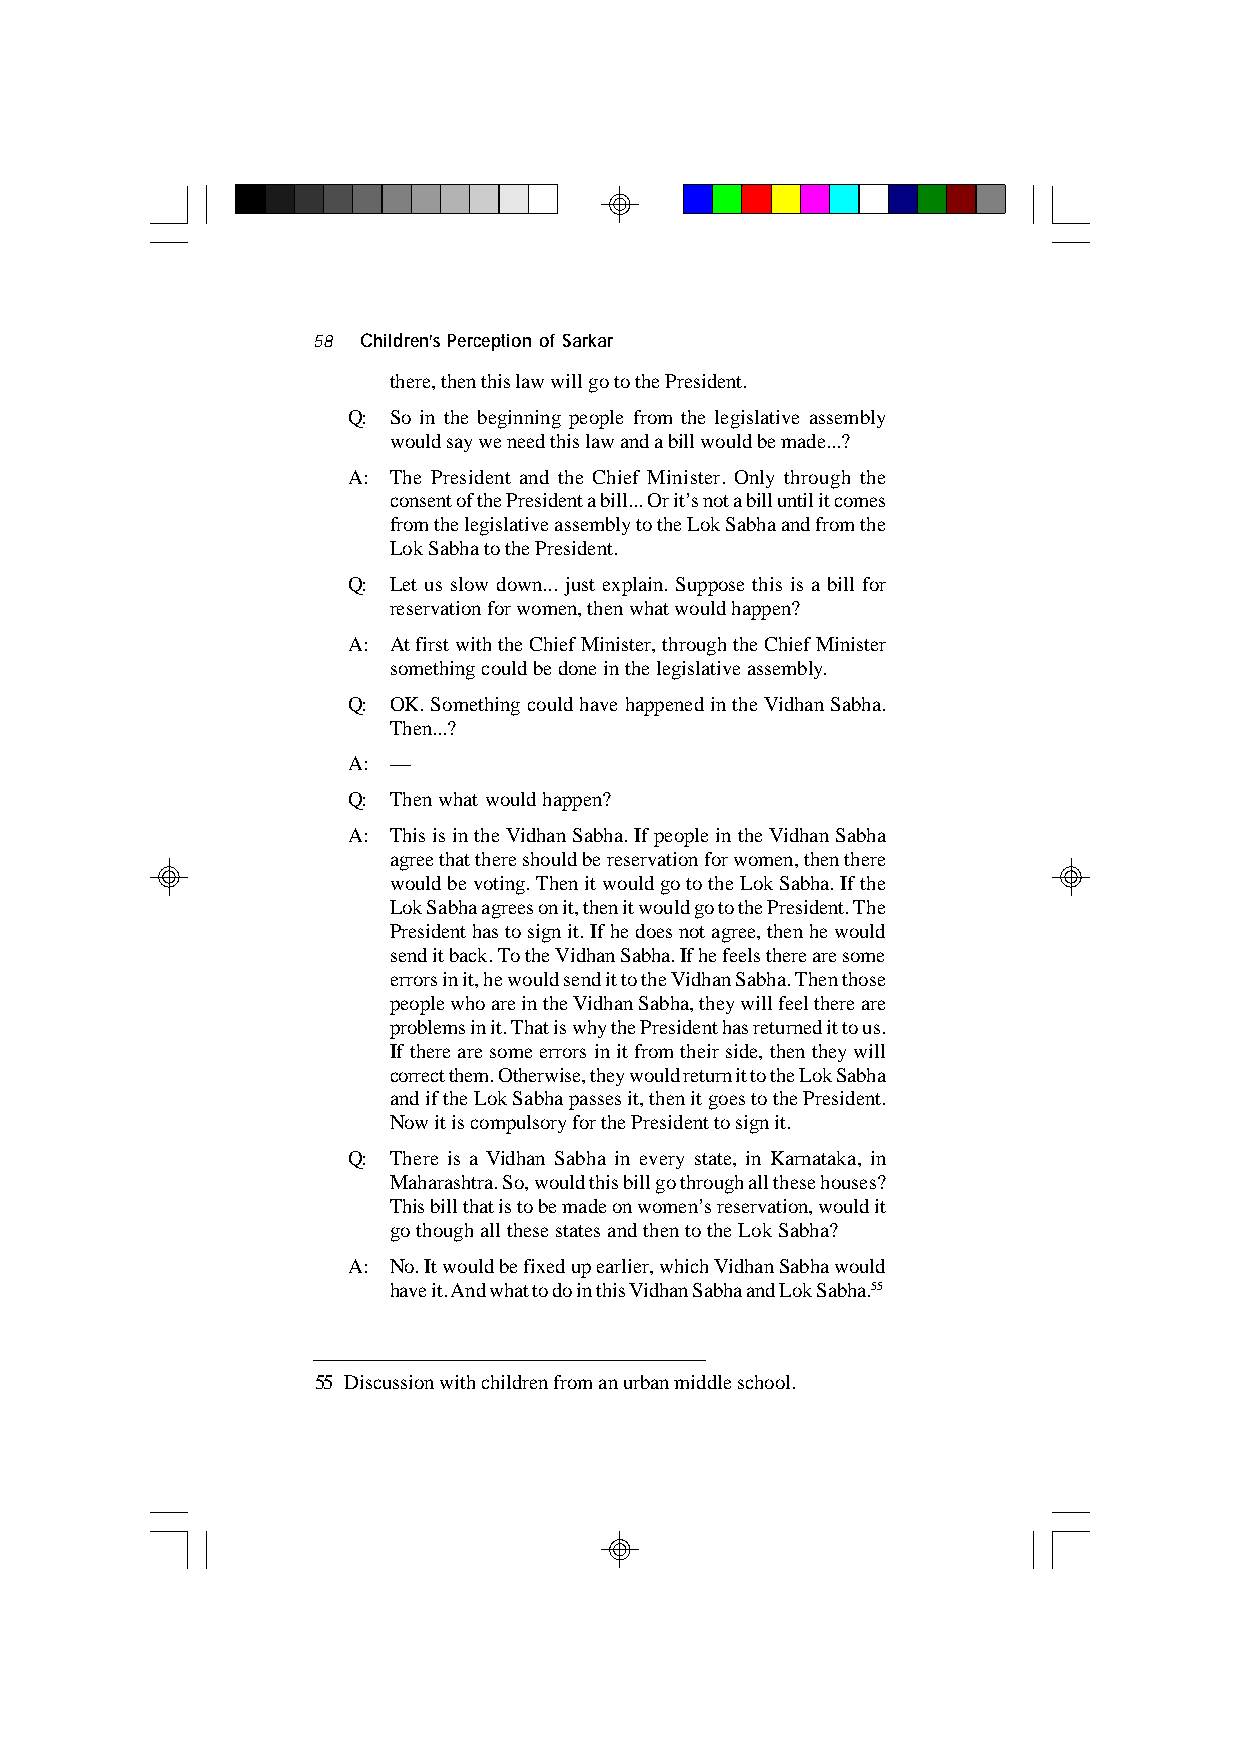
58 Children’s Perception of Sarkar
 there, then this law will go to the President.
 Q: So in the beginning people from the legislative assembly
 would say we need this law and a bill would be made...?
 A: The President and the Chief Minister. Only through the
 consent of the President a bill... Or it’s not a bill until it comes
 from the legislative assembly to the Lok Sabha and from the
 Lok Sabha to the President.
 Q: Let us slow down... just explain. Suppose this is a bill for
 reservation for women, then what would happen?
 A: At first with the Chief Minister, through the Chief Minister
 something could be done in the legislative assembly.
 Q: OK. Something could have happened in the Vidhan Sabha.
 Then...?
 A: —
 Q: Then what would happen?
 A: This is in the Vidhan Sabha. If people in the Vidhan Sabha
 agree that there should be reservation for women, then there
 would be voting. Then it would go to the Lok Sabha. If the
 Lok Sabha agrees on it, then it would go to the President. The
 President has to sign it. If he does not agree, then he would
 send it back. To the Vidhan Sabha. If he feels there are some
 errors in it, he would send it to the Vidhan Sabha. Then those
 people who are in the Vidhan Sabha, they will feel there are
 problems in it. That is why the President has returned it to us.
 If there are some errors in it from their side, then they will
 correct them. Otherwise, they would return it to the Lok Sabha
 and if the Lok Sabha passes it, then it goes to the President.
 Now it is compulsory for the President to sign it.
 Q: There is a Vidhan Sabha in every state, in Karnataka, in
 Maharashtra. So, would this bill go through all these houses?
 This bill that is to be made on women’s reservation, would it
 go though all these states and then to the Lok Sabha?
 A: No. It would be fixed up earlier, which Vidhan Sabha would
 have it. And what to do in this Vidhan Sabha and Lok Sabha.55
 55 Discussion with children from an urban middle school.